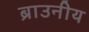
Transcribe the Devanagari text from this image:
ब्राउनीय